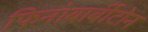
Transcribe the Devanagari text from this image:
फिनोबार्बीटोन